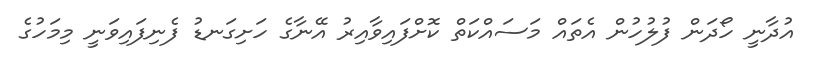
އުދާނީ ހޯދަން ފުލުހުން އެތައް މަސައްކަތް ކޮށްފައިވާއިރު އޭނާގެ ހަށިގަނޑު ފެނިފައިވަނީ މިމަހުގެ